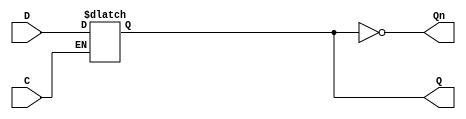
module async_register (
    input wire D,        // Data input
    input wire C,        // Control signal (active high for load)
    output reg Q,        // Data output
    output wire Qn       // Complement output
);

// Invert the output for complement
assign Qn = ~Q;

// Always block to monitor the control signal
always @(*) begin
    if (C) begin
        Q = D; // Capture the input data when control signal is asserted
    end
    // If C is not asserted, Q retains its last value
end

endmodule